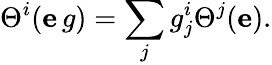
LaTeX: \Theta^{i}(\mathbf{e}\, g)=\sum_{j}g_{j}^{i}\Theta^{j}(\mathbf{e}).